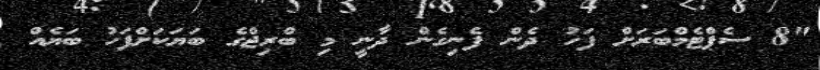
"8 ސެޕްޓެމްބަރަށް ފަހު ދެން ފެނިގެން ދާނީ މި ބްރިޖްގެ ބަޔަކަށްފަހު ބަޔެއް